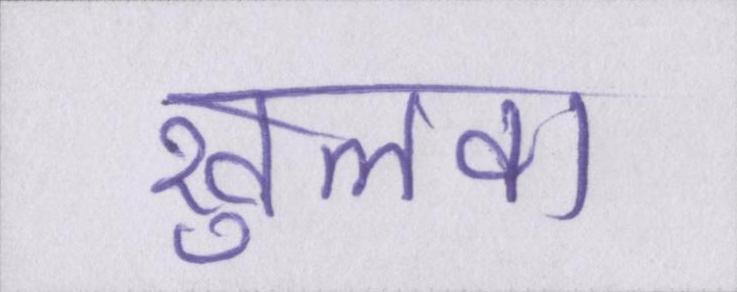
खुलवा